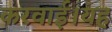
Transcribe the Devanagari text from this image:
करवाई।यह